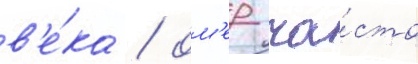
в'е́ка / ом'ер ча́сто